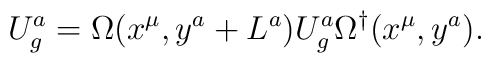
U_{g}^a=\Omega(x^{\mu}, y^a+L^a)U_{g}^{a}\Omega^{\dagger}(x^{\mu}, y^a).